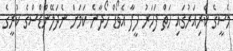
މެސީގެ ކެރިއަރުގައި ހަތް ފަހަރު ފީފާ އެވޯޑް ހޯދާނެ ކަމަށް ނެދަލޭންޑްސްގެ ކުރީގެ